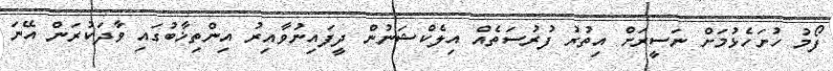
ފޯމު ހުށަހެޅުމަށް ނަސީރަށް އިތުރު ފުރުސަތެއް އިލެކްޝަނުން ދީފައިނުވާއިރު އިންތިޚާބުގައި ވާދަކުރަން އޭނަ